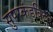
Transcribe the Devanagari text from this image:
सुपरकंडक्टिव